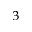
_ 3